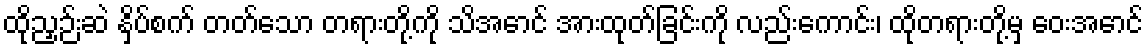
ထိုညှဉ်းဆဲ နှိပ်စက် တတ်သော တရားတို့ကို သိအောင် အားထုတ်ခြင်းကို လည်းကောင်း၊ ထိုတရားတို့မှ ဝေးအောင်